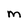
Character: M